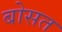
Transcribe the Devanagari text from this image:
बोसत